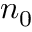
n _ { 0 }